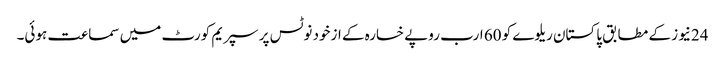
24نیوز کے مطابق پاکستان ریلوے کو 60 ارب روپے خسارہ کے ازخود نوٹس پر سپریم کورٹ میں سماعت ہوئی۔